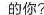
的你?